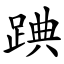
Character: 䠄